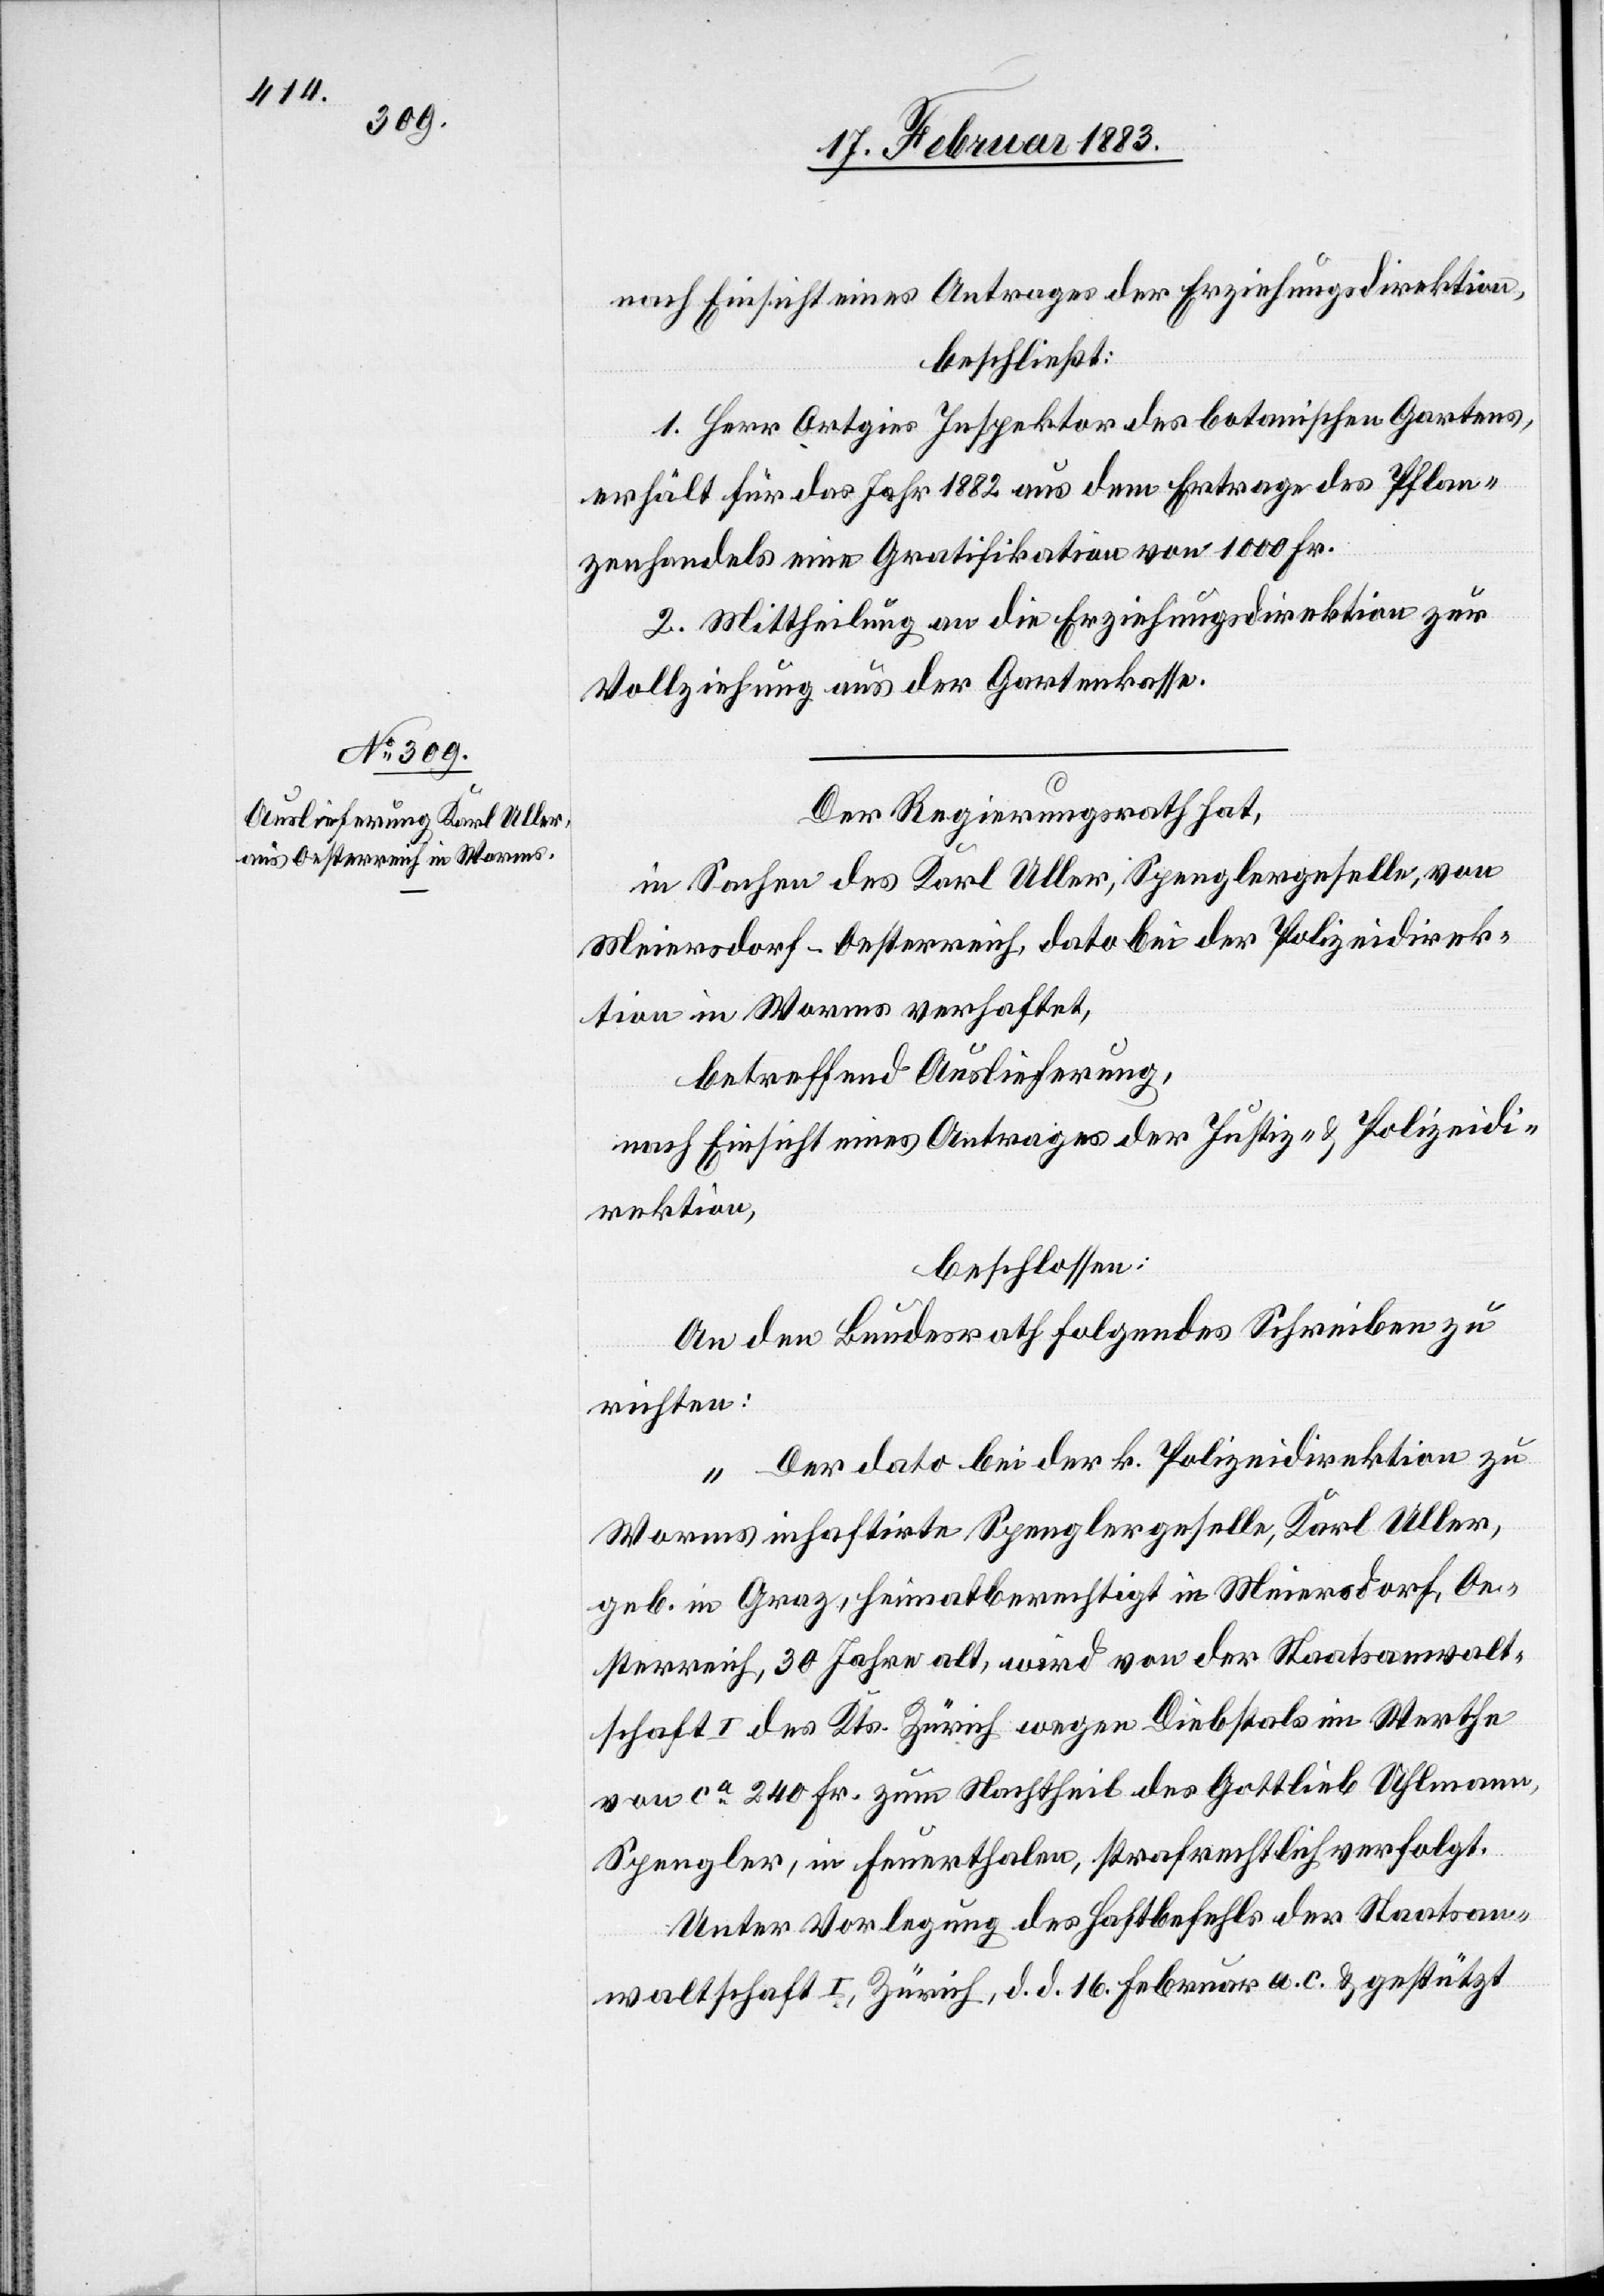
nach Einsicht eines Antrages der Erziehungsdirektion,
beschließt:
1. Herr Ortgies Inspektor des botanischen Gartens,
erhält für das Jahr 1882 aus dem Ertrage des Pflan¬
zenhandels eine Gratifikation von 1000 Fr.
2. Mittheilung an die Erziehungsdirektion zur
Vollziehung aus der Gartenkasse.
Der Regierungsrath hat,
in Sachen des Karl Uller, Spenglergeselle, von
Meiersdorf - Oesterreich, dato bei der Polizeidirek¬
tion in Worms verhaftet,
betreffend Auslieferung,
nach Einsicht eines Antrages der Justiz- & Polizeidi¬
rektion,
beschlossen:
An den Bundesrath folgendes Schreiben zu
richten:
„Der dato bei der k. Polizeidirektion zu
Worms inhaftirte Spenglergeselle, Karl Uller,
geb. in Graz, heimatberechtigt in Meiersdorf, Oe¬
sterreich, 30 Jahre alt, wird von der Staatsanwalt¬
schaft I des Kts. Zürich wegen Diebstals im Werthe
von ca 240 Fr. zum Nachtheil des Gottlieb Uhlmann,
Spengler, in Feuerthalen, strafrechtlich verfolgt.
Unter Vorlegung des Haftbefehls der Staatsan¬
waltschaft I, Zürich, d. d. 16. Februar a. c. & gestützt